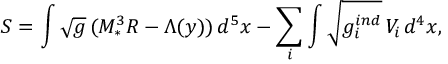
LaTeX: S = \int \sqrt { g } \, ( M _ { * } ^ { 3 } R - \Lambda ( y ) ) \, d ^ { 5 } x - \sum _ { i } \int \sqrt { g _ { i } ^ { i n d } } \, V _ { i } \, d ^ { 4 } x ,